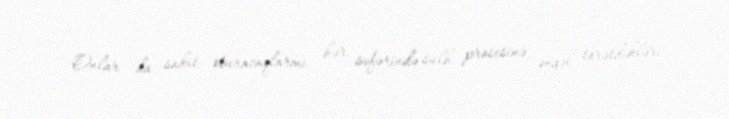
Onlar da sakit oturacaqlarmı, hər səfərində sülh prosesinə əngəl törətdikləri